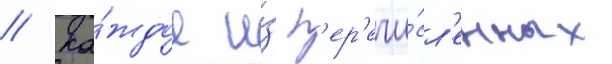
// Ка́ждое и́з п'ер'ечи́сл'енных